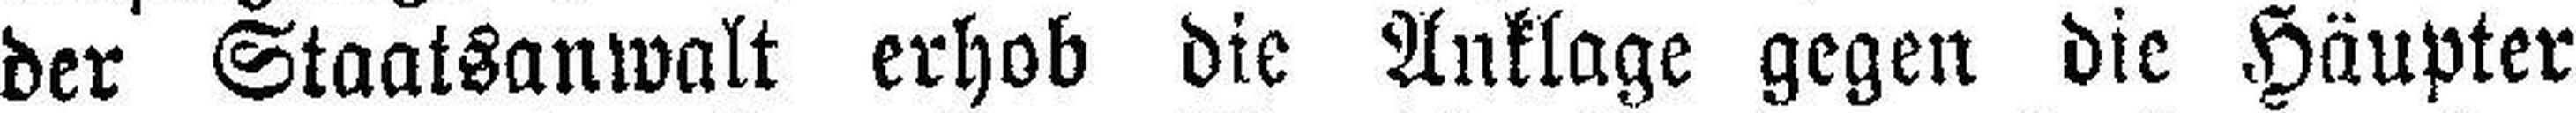
der Staatsanwalt erhob die Anklage gegen die Häupter